Medical and sanitary report of the native army of Bengal for the year
Year: 1877
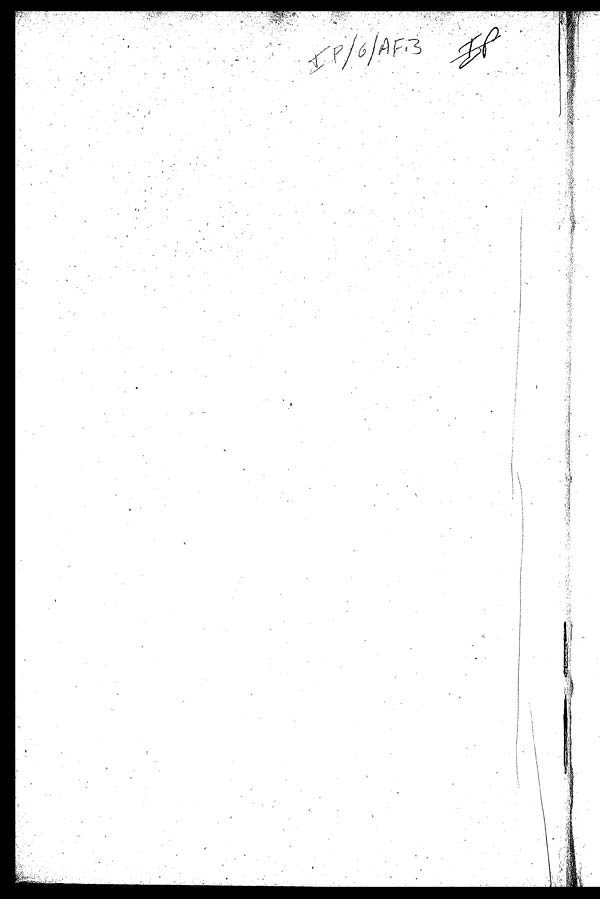
IP/6/AF.3